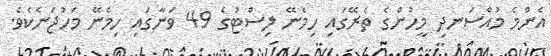
އެންމެ މުއްސަނދި މީހުންގެ ތެރޭގައި ހިމެނޭ ލިސްޓުގެ 49 ވަނާގައި ހިމެނޭ މަހުޖަނެކެވެ.